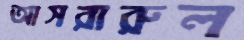
আসরারুল